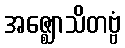
အဇ္ဈောသိတဗ္ဗံ